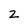
Character: 2